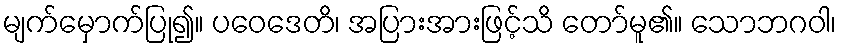
မျက်မှောက်ပြု၍။ ပဝေဒေတိ၊ အပြားအားဖြင့်သိ တော်မူ၏။ သောဘဂဝါ၊